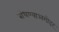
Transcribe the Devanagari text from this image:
बांधण्याअगोदर